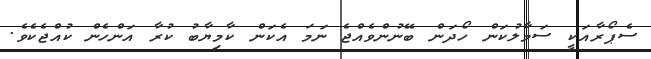
ސެޕޯރާއަކީ ސަމާލުކަން ހޯދަން ބޭނުންވެއްޖެ ނަމަ އެކަން ކާމިޔާބު ކުރާ އަންހެން ކުއްޖެކެވެ.